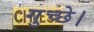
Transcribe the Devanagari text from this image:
गुच्छे।